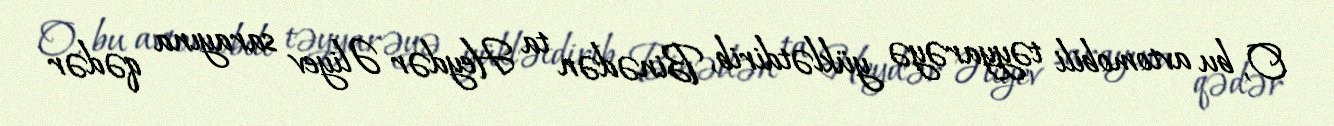
O, bu avtomobili təyyarəyə yüklətdirib, Binədən ta Heydər Əliyev sarayına qədər